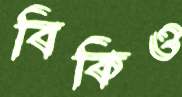
বিকিও